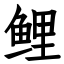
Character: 鲤